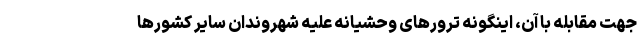
جهت مقابله با آن، اینگونه ترورهای وحشیانه علیه شهروندان سایر کشورها